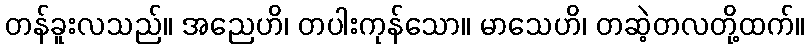
တန်ခူးလသည်။ အညေဟိ၊ တပါးကုန်သော။ မာသေဟိ၊ တဆဲ့တလတို့ထက်။